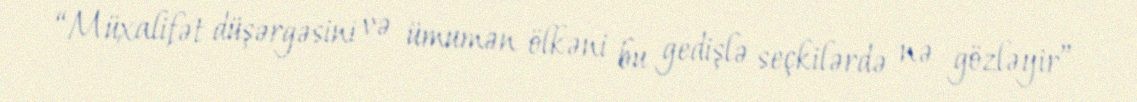
“Müxalifət düşərgəsini və ümumən ölkəni bu gedişlə seçkilərdə nə gözləyir”